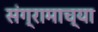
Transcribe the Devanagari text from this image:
संग्रामाच्या